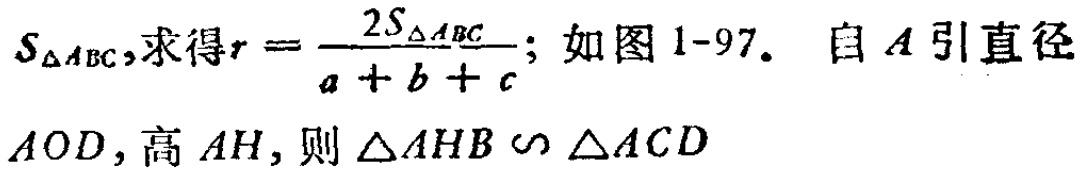
$S_{\triangle ABC},求得r = \frac{2S_{\triangle ABC}}{a + b + c}; 如图1 - 97. 自A引直径AOD,高AH,则\triangle AHB\backsim\triangle ACD$